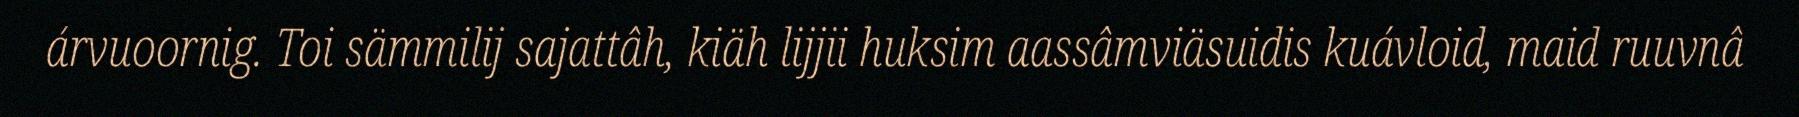
árvuoornig. Toi sämmilij sajattâh, kiäh lijjii huksim aassâmviäsuidis kuávloid, maid ruuvnâ